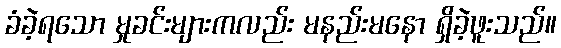
ခံခဲ့ရသော မှုခင်းများကလည်း မနည်းမနော ရှိခဲ့ဖူးသည်။